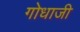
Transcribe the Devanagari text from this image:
गोधाजी